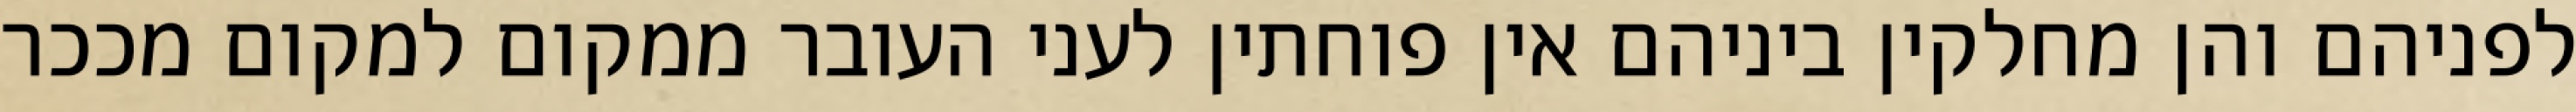
לפניהם והן מחלקין ביניהם אין פוחתין לעני העובר ממקום למקום מככר